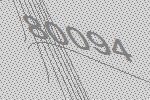
80094